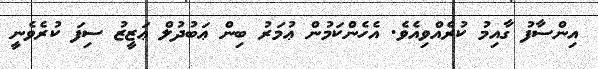
އިންސާފު ގާއިމު ކުރެއްވިއެވެ. އެހެންކަމުން ޢުމަރު ބިން ޢަބުދުލް ޢަޒީޒު ސިފަ ކުރެވެނީ